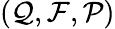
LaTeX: (\mathcal{Q},\mathcal{F},\mathcal{P})